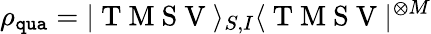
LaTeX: \rho_{\mathtt{qua}}=|\mathrm{~T~M~S~V~}\rangle_{S,I}\langle\mathrm{~T~M~S~V~}|^{\otimes M}